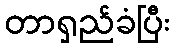
တာရှည်ခံပြီး